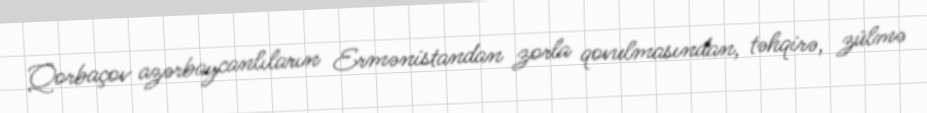
Qorbaçov azərbaycanlıların Ermənistandan zorla qovulmasından, təhqirə, zülmə